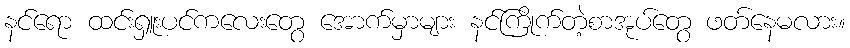
နင်ရော ထင်းရှူးပင်ကလေးတွေ အောက်မှာများ နင်ကြိုက်တဲ့စာအုပ်တွေ ဖတ်နေမလား။